Medical and sanitary report of the native army of Madras for the year
Year: 1878
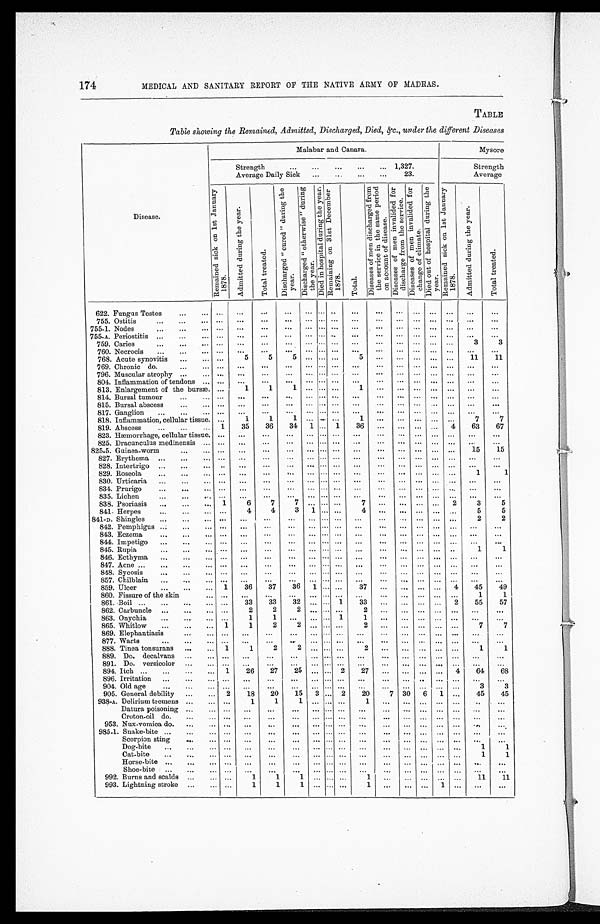
MEDICAL AND SANITARY REPORT OF THE NATIVE ARMY OF MADRAS.
TABLE
Table showing the Remained, Admitted, Discharged, Died, &c., under the different Diseases
Disease.
Malabar and Canara.
Mysore
Strength . . . 1,327.
Strength
Average Daily Sick . . . 23.
Average
R e m a i n e d s i c k o n 1 s t J a n u a r y 1 8 7 8 .
A d m i t t e d d u r i n g t h e y e a r .
T o t a l t r e a t e d .
D i s c h a r g e d " c u r e d " d u r i n g t h e y e a r .
D i s c h a r g e d " o t h e r w i s e " d u r i n g t h e y e a r .
D i e d i n h o s p i t a l d u r i n g t h e y e a r . R e m a i n i n g o n 3 1 s t D e c e m b e r 1 8 7 8 .
T o t a l .
D i s e a s e s o f m e n d i s c h a r g e d f r o m t h e s e r v i c e i n t h e s a m e p e r i o d o n o c c o u n t o f d i s e a s e .
D i s e a s e s o f m e n i n v a l i d e d f o r d i s c h a r g e f r o m t h e s e r v i c e .
D i s e a s e s o f m e n i n v a l i d e d f o r c h a n g e o f c l i m a t e .
D i e d o u t o f h o s p i t a l d u r i n g t h e y e a r .
R e m a i n e d s i c k o n 1 s t J a n u a r y 1 8 7 8 .
A d m i t t e d d u r i n g t h e y e a r .
T o t a l t r e a t e d .
622. Fungus Testes . . .
. . .
. . .
. . .
. . .
. . .
. . . . . .
. . .
. . .
. . .
. . .
. . .
. . .
. . .
. . .
755. Ostitis . . .
. . .
. . .
. . .
. . .
. . .
. . .
. . .
. . .
. . .
. . .
. . .
. . . . . .
. . .
. . .
755-1. Nodes . . .
. . .
. . .
. . .
. . .
. . .
. . .
. . .
. . .
. . .
. . .
. . .
. . .
. . .
. . .
. . .
7 5 5-A. Periostitis . . .
. . .
. . .
. . .
. . .
. . .
. . . . . .
. . .
. . .
. . .
. . .
. . .
. . .
. . .
. . .
7 59. Caries . . .
. . .
. . .
. . .
. . .
. . .
. . .
. . .
. . .
. . .
. . .
. . .
. . .
. . .
3
3
760. Necrocis . . .
. . .
. . .
. . .
. . .
. . .
. . .
. . .
. . .
. . .
. . .
. . .
. . .
. . .
. . .
. . .
5
11
11
768. Acute synovitis . . .
. . .
5
5
5
. . .
. . .
. . .
. . .
. . .
. . .
. . .
. . .
7 69. Chronic do. . . .
. . .
. . . . . .
. . .
. . .
. . .
. . .
. . .
. . .
. . .
. . .
. . .
. . .
. . . . . .
796. Muscular atrophy . . .
. . .
. . .
. . .
. . .
. . .
. . .
. . .
. . .
. . .
. . .
. . .
. . .
. . .
. . .
. . .
804. Inflammation of tendons . . .
. . .
. . .
. . .
. . .
. . .
. . .
. . .
. . .
. . .
. . .
. . .
. . .
. . .
. . .
. . .
813. Enlargement of the bursæ.
. . .
1
1
1
. . .
. . .
. . .
1
. . .
. . .
. . .
. . .
. . .
. . .
. . .
814. Bursal tumour . . .
. . .
. . . . . .
. . .
. . .
. . .
. . .
. . .
. . .
. . .
. . .
. . .
. . .
. . .
. . .
815. Bursal abscess . . .
. . .
. . .
. . .
. . .
. . .
. . .
. . .
. . .
. . .
. . .
. . .
. . .
. . .
. . . . . .
817. Ganglion . . .
. . .
. . .
. . .
. . .
. . .
. . .
. . .
. . .
. . .
. . .
. . .
. . .
. . . . . .
. . .
818. Inflammation, cellular tissue.
. . .
1
1
1
. . .
. . .
. . .
1
. . .
. . .
. . .
. . .
. . .
7
7
1
35
36
34
1
. . . 1
36
. . .
. . .
. . .
. . .
4
63
67
819. Abscess . . .
823. Hæmorrhage, cellular tissue.
. . .
. . .
. . .
. . .
. . .
. . .
. . .
. . .
. . .
. . .
. . .
. . .
. . .
. . .
. . .
825. Dracunculus medinensis . . .
. . .
. . .
. . .
. . .
. . .
. . .
. . .
. . .
. . .
. . .
. . .
. . .
. . .
. . .
. . .
82 5-5. Guinea-worm . . .
. . .
. . .
. . .
. . .
. . .
. . .
. . .
. . .
. . .
. . .
. . .
. . .
. . .
15
15
82 7. Erythema . . .
. . .
. . .
. . .
. . .
. . .
. . .
. . .
. . .
. . .
. . .
. . .
. . .
. . .
. . .
. . .
82 8. Intertrigo . . .
. . .
. . .
. . .
. . .
. . .
. . .
. . .
. . .
. . .
. . .
. . .
. . .
. . .
. . .
. . .
829. Roseola . . .
. . .
. . .
. . .
. . .
. . .
. . .
. . .
. . .
. . .
. . . . . .
. . .
. . .
1
1
830. Urticaria . . .
. . .
. . .
. . .
. . .
. . .
. . . . . .
. . .
. . .
. . .
. . .
. . .
. . .
. . .
. . .
834. Prurigo . . .
. . .
. . .
. . .
. . . . . .
. . .
. . .
. . .
. . .
. . .
. . .
. . .
. . .
. . .
. . .
83 5 . Lichen . . .
. . .
. . .
. . .
. . .
. . .
. . . . . .
. . .
. . .
. . .
. . .
. . .
. . .
. . .
. . .
838. Psoriasis . . .
1
6
7
7
. . . . . .
. . .
7
. . .
. . .
. . .
. . .
2
3
5
841. Herpes . . .
. . .
4
4
3
1
. . .
. . .
4
. . .
. . .
. . .
. . .
. . .
5
5
841-D. Shingles . . .
. . .
. . .
. . .
. . .
. . .
. . .
. . .
. . .
. . .
. . .
. . .
. . .
. . .
2
2
842. Pemphigus . . .
. . .
. . .
. . .
. . .
. . .
. . .
. . .
. . .
. . .
. . .
. . .
. . .
. . .
. . .
. . .
843. Eczema . . .
. . .
. . .
. . .
. . .
. . .
. . .
. . .
. . .
. . .
. . .
. . .
. . .
. . .
. . .
. . .
844. Impetigo . . .
. . .
. . .
. . .
. . .
. . .
. . .
. . .
. . .
. . .
. . .
. . .
. . .
. . .
. . .
. . .
845 . Rupia . . .
. . .
. . .
. . .
. . .
. . .
. . .
. . .
. . .
. . .
. . .
. . .
. . .
. . .
1
1
846. Ecthyma . . .
. . .
. . .
. . .
. . .
. . .
. . .
. . .
. . .
. . .
. . .
. . .
. . .
. . .
. . .
. . .
847 . Acne . . .
. . .
. . .
. . .
. . .
. . .
. . .
. . .
. . .
. . .
. . .
. . .
. . .
. . .
. . .
. . .
848. Sycosis . . .
. . .
. . .
. . .
. . .
. . .
. . .
. . .
. . .
. . .
. . .
. . .
. . .
. . .
. . .
. . .
857. Chilblain . . .
. . .
. . .
. . .
. . .
. . .
. . .
. . .
. . .
. . .
. . .
. . .
. . .
. . .
. . .
. . .
859. Ulcer . . .
1
36
37
36
1
. . .
. . .
37
. . .
. . .
. . .
. . .
4
45
49
860. Fissure of the skin . . .
. . .
. . .
. . .
. . .
. . .
. . .
. . .
. . .
. . .
. . .
. . .
. . .
. . .
1
1
861. Boil . . .
. . .
33
33
32
. . .
. . . 1
33
. . .
. . .
. . .
. . .
2
55
57
862. Carbuncle . . .
. . .
2
2
2
. . .
. . .
. . .
2
. . .
. . .
. . .
. . .
. . .
. . .
. . .
863. Onychia . . .
. . .
1
1
. . .
. . .
. . .
1
1
. . .
. . .
. . .
. . .
. . .
. . .
. . .
865. Whitlow . . .
1
1
2
2
. . .
. . .
. . .
2
. . .
. . .
. . .
. . .
. . .
7
7
869. Elephantiasis . . .
. . .
. . .
. . .
. . .
. . .
. . .
. . . . . .
. . .
. . .
. . .
. . .
. . .
. . .
. . .
877. Warts . . .
. . .
. . .
. . . . . .
. . .
. . .
. . .
. . .
. . .
. . .
. . .
. . .
. . .
. . .
. . .
888. Tinea tonsurans . . .
1
1
2
2
. . .
. . .
. . .
2
. . .
. . .
. . .
. . .
. . .
1
1
889. Do. decalvans
. . .
. . .
. . .
. . .
. . .
. . .
. . .
. . .
. . .
. . .
. . .
. . .
. . .
. . .
. . .
. . .
891. Do. versicolor . . .
. . .
. . .
. . .
. . .
. . .
. . .
. . .
. . . . . .
. . .
. . .
. . .
. . .
. . .
. . .
894. Itch . . .
1
26
27
25
. . .
. . . 2
27
. . .
. . .
. . .
. . .
4
64
68
896. Irritation . . .
. . .
. . .
. . .
. . .
. . .
. . .
. . .
. . .
. . .
. . . . . .
. . .
. . .
. . .
. . .
904. Old age . . .
. . .
. . .
. . .
. . .
. . .
. . .
. . .
. . .
. . .
. . .
. . .
. . .
. . .
3
3
905. General debility . . .
2
18
20
15
3 . . . 2
20
7 30
6
1
. . .
45
45
938-A. Delirium tremens . . .
. . .
1
1
1
. . .. . .
. . .
. . .. . .
. . .
. . .
. . .
. . .
. . .
. . .
Datura poisoning . . .
. . .
. . .
. . .
. . .
. . .. . .
. . .
. . .
. . .
. . .
. . .
. . .
. . .
. . .
. . .
C r o t o n - o i l d o . . . .
. . .. . .
. . .
. . .
. . . . . .
. . .
. . .
. . .
. . .
. . .
. . .
. . .
. . .
. . .
953. Nux-vomica do. . . .
. . .. . .
. . .
. . .
. . . . . .
. . .
. . .
. . .
. . .
. . .
. . .
. . .
. . .
. . .
985-1. Snake-bite . . .
. . .
. . . . . .
. . .
. . . . . .
. . .
. . .
. . .
. . .
. . .
. . .
. . .
. . .
. . .
Scorpion sting . . .
. . .
. . .
. . . . . .
. . .
. . .
. . .
. . .
. . .
. . .
. . .
. . .
. . .
. . .
. . .
Dog-bite. . .
. . .
. . .
. . .
. . .
. . .. . .
. . .
. . .
. . .
. . . . . .
. . .
. . .
1
1
Cat-bite . . .
. . .
. . .
. . .
. . .
. . . . . .
. . .
. . .
. . .
. . .
. . .
. . .
. . .
1
1
Horse-bite . . .
. . .
. . .
. . .
. . .
. . . . . .
. . .
. . .
. . .
. . .
. . .
. . .
. . . . . .
. . .
Shoe-bite . . .
. . .
. . . . . .
. . .
. . . . . .
. . . . . .
. . .
. . . . . .
. . .
. . .
. . .
. . .
992. Burns and scalds . . .
. . .
1
1
1
. . . . . .
. . .1
. . .
. . .
. . .
. . .
. . .
11
11
993. Lightning stroke . . .
. . .
1
1
1
. . .. . .
. . .1
. . .
. . .. . .
1
. . .
. . .
. . .
174